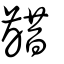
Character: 齰